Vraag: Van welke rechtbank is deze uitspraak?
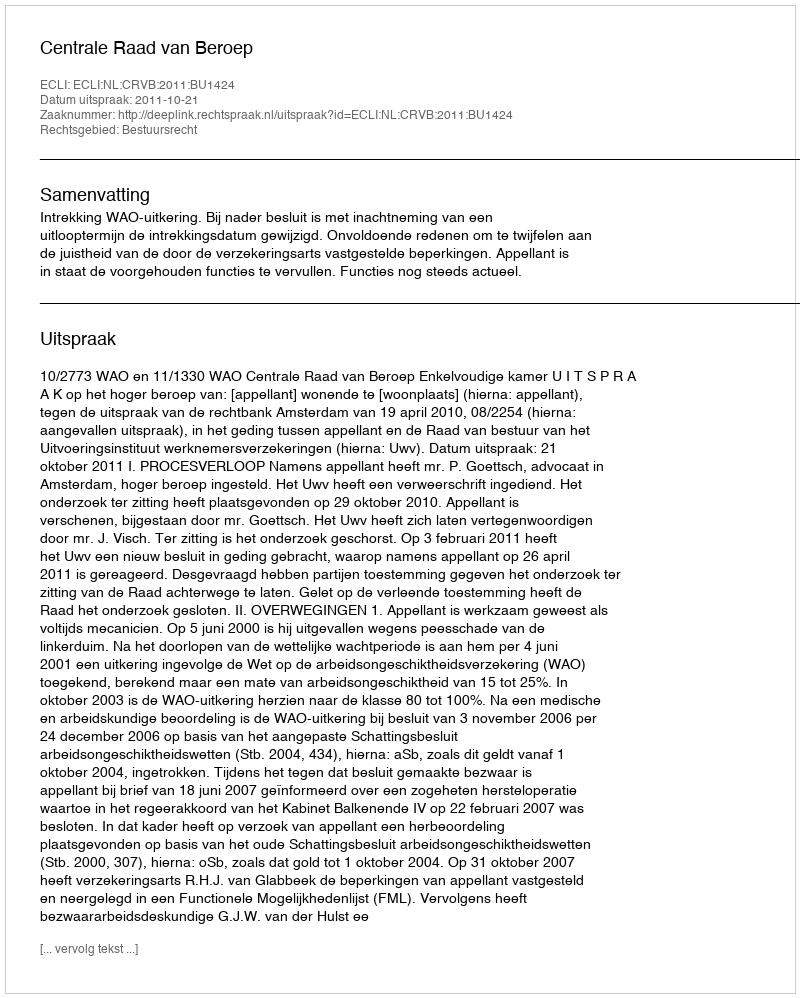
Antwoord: Centrale Raad van Beroep